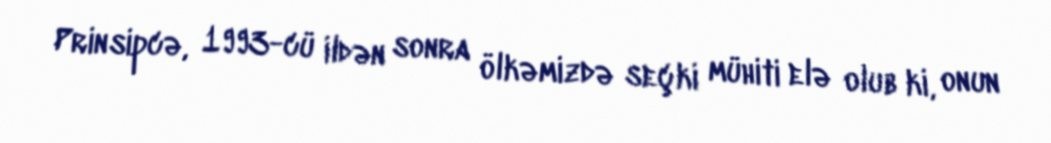
Prinsipcə, 1993-cü ildən sonra ölkəmizdə seçki mühiti elə olub ki, onun